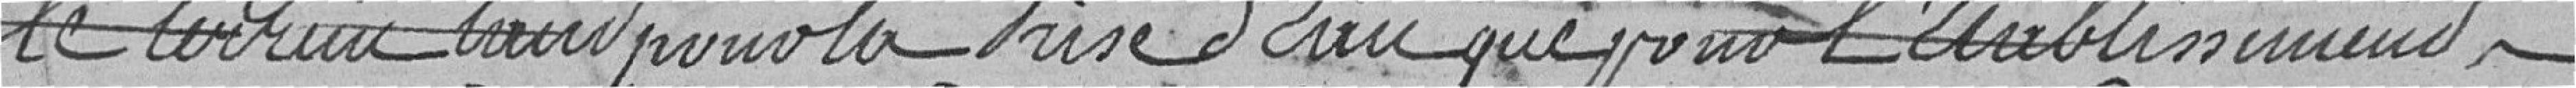
le terrain  tant pour la prise d'eau que pour l'établissement